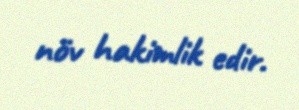
növ hakimlik edir.